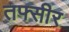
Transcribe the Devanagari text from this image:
तफ्सीर